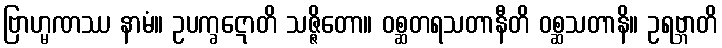
ဗြာဟ္မဏဿ နာမံ။ ဥပက္ခဋောတိ သဇ္ဇိတော။ ဝစ္ဆတရသတာနီတိ ဝစ္ဆသတာနိ။ ဥရဗ္ဘာတိ